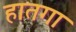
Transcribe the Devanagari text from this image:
हातगा